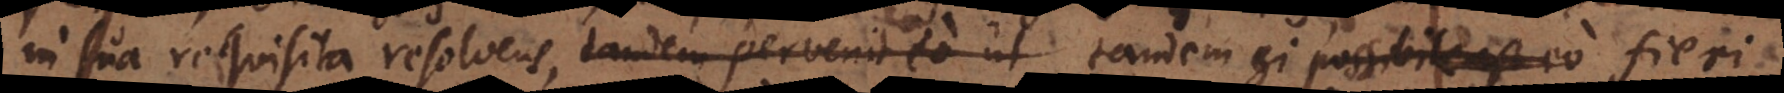
in sua requisita resolvens, tandem pervenit eo ut si possibile est eo fieri